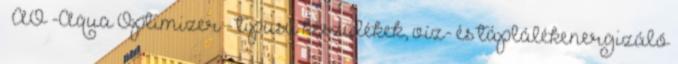
AO -Aqua Optimizer™- tipusú készülékek, víz- és táplálékenergizáló